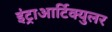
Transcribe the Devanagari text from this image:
इंट्राआर्टिक्युलर